Madras plague regulations and rules - Volume 2
Disease focus: Plague
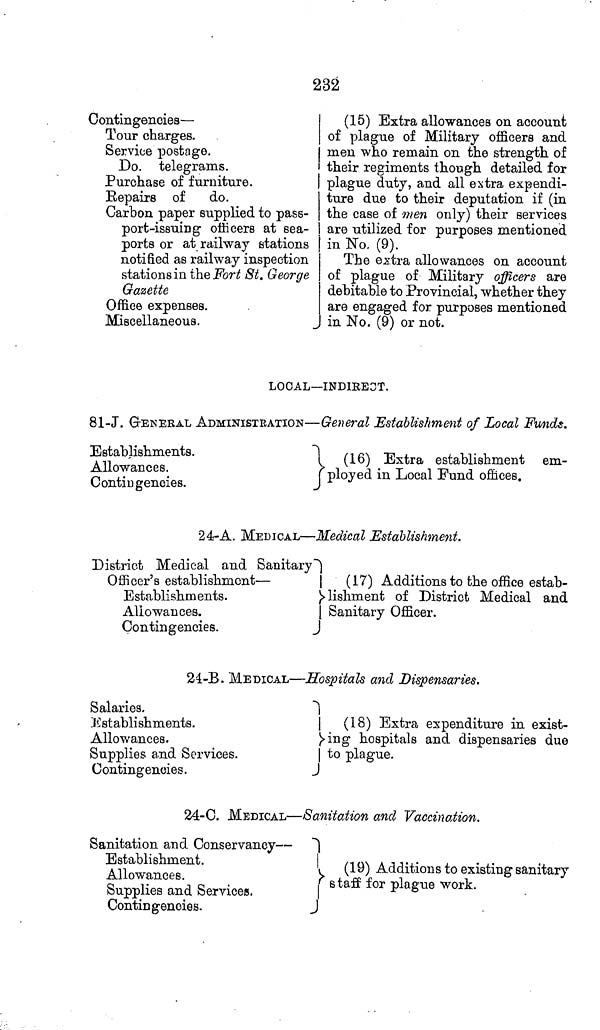
232
Contingencies —
Tour charges.
Service postage.
Do. telegrams.
Purchase of furniture.
Repairs of
do.
Carbon paper supplied to pass-
port-issuing officers at sea-
ports or at railway stations
notified as railway inspection
stations in the Fort St. George
Gazette
Office expenses.
Miscellaneous.
(15) Extra allowances on account
of plague of Military officers and
men who remain on the strength of
their regiments though detailed for
plague duty, and all extra expendi-
ture due to their deputation if (in
the case of men only) their services
are utilized for purposes mentioned
in No. (9).
The extra allowances on account
of plague of Military officers are
debitable to Provincial, whether they
are engaged for purposes mentioned
in No. (9) or not.
LOCAL—INDIRECT.
81-J. GENERAL ADMINISTRATION—General Establishment of Local Funds.
Establishments.
Allowances.
Contingencies.
(16) Extra establishment em-
ployed in Local Fund offices.
24-A. MEDICAL—Medical Establishment.
District Medical and Sanitary
Officer's establishment—
Establishments.
Allowances.
Contingencies.
(17) Additions to the office estab-
lishment of District Medical and
Sanitary Officer.
24-B. MEDICAL—Hospitals and Dispensaries.
Salaries.
Establishments.
Allowances.
Supplies and Services.
Contingencies.
(18) Extra expenditure in exist-
ing hospitals and dispensaries due
to plague.
24-C. MEDICAL—Sanitation and Vaccination.
Sanitation and Conservancy—
Establishment.
Allowances.
Supplies and Services.
Contingencies.
(19) Additions to existing sanitary
staff for plague work.